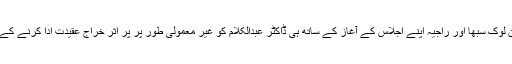
پارلیمنٹ کے د ونوں ایوان لوک سبھا اور راجیہ اپنے اجلاس کے آغاز کے ساتھ ہی ڈاکٹر عبدالکلام کو غیر معمولی طور پر پُر اثر خراج عقیدت ادا کرنے کے بعد ملتوی کردیئے گئے۔